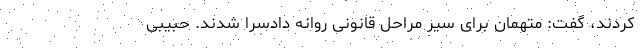
کردند، گفت: متهمان برای سیر مراحل قانونی روانه دادسرا شدند. حبیبی